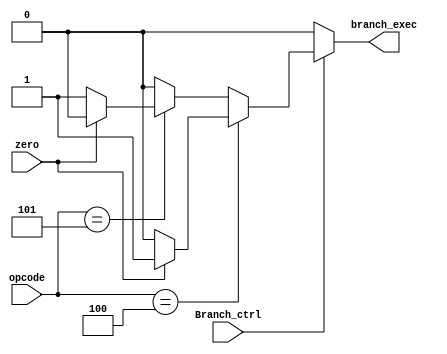
module branch_control (
	//INPUTs
	input Branch_ctrl,
	input zero,
	input [5:0]  opcode,
	//OUTPUT
	output branch_exec
	);

		localparam BEQ = 6'h04, BNE = 6'h05;
		reg rbranch_exec;
		
		always @(*) begin
			if (Branch_ctrl) begin
				if(opcode == BEQ) begin
					if (zero == 1'h1) begin 
						rbranch_exec = 1'h1;
					end else begin
						rbranch_exec = 1'h0;
					end
				end else if(opcode == BNE) begin
					if (zero == 1'h0) begin 
						rbranch_exec = 1'h1;
					end else begin
						rbranch_exec = 1'h0;
					end
				end else begin
					rbranch_exec = 1'h0;
				end
			end else begin
					rbranch_exec = 1'h0;
			end
		end
		
		assign branch_exec = rbranch_exec;
			
endmodule